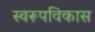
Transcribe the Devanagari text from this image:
स्वरूपविकास